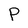
Character: p